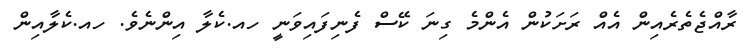
ރާއްޖެތެރެއިން އެއް ރަށަކުން އެންމެ ގިނަ ކޭސް ފެނިފައިވަނީ ހއ.ކެލާ އިންނެވެ. ހއ.ކެލާއިން